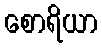
စောရိယာ